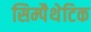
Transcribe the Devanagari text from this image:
सिम्पैथेटिक